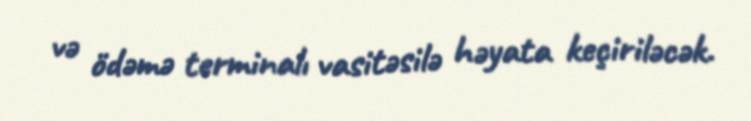
və ödəmə terminalı vasitəsilə həyata keçiriləcək.